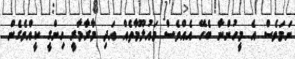
ނަމަވެސް އެ މީހުންނާ ބެހޭ އެއްވެސް މައުލޫމާތެއް އަދި މާރާމާރީ ހިންގީ ކީއްވެގެން